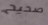
صحيح